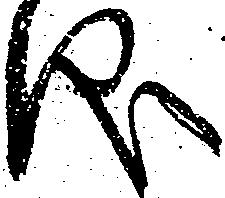
儀